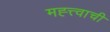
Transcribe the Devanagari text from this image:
मह्त्त्वाची